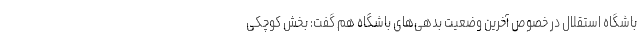
باشگاه استقلال در خصوص آخرین وضعیت بدهی‌های باشگاه هم گفت: بخش کوچکی